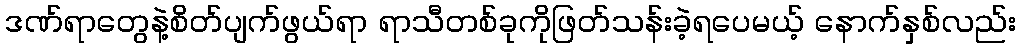
ဒဏ်ရာတွေနဲ့စိတ်ပျက်ဖွယ်ရာ ရာသီတစ်ခုကိုဖြတ်သန်းခဲ့ရပေမယ့် နောက်နှစ်လည်း